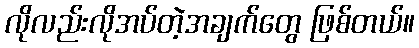
လိုလည်းလိုအပ်တဲ့အချက်တွေ ဖြစ်တယ်။